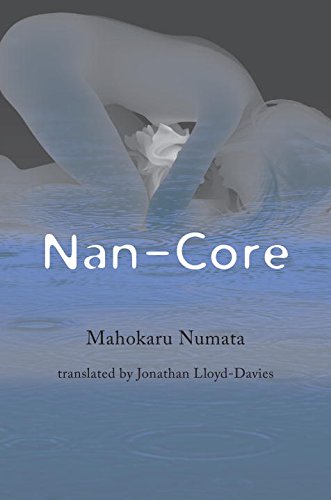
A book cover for Nan-Core; Mahokaru Numata; Gay & Lesbian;